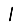
Digit: 1